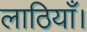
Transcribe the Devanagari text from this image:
लाठियाँ।